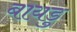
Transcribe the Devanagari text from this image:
बायडु